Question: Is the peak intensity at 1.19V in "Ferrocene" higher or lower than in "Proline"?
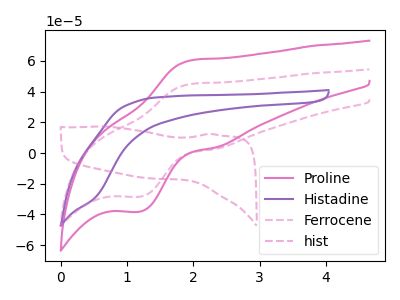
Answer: <think>The pink curve "Proline" has an anodic peak at (2.00V, 60.45uA) and a cathodic peak at (1.20V, -38.20uA). The purple curve "Histadine" has no peaks. The pink dashed curve "Ferrocene" has an anodic peak at (2.00V, 45.00uA) and a cathodic peak at (1.20V, -28.45uA). The pink dashed curve "hist" has no peaks.</think>
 <answer>The peak at 1.19V is lower in "Ferrocene" than in "Proline".</answer>
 <eval>lower</eval>